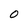
Character: 0